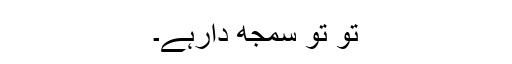
تُو تو سمجھ دارہے۔